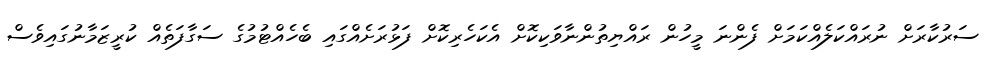
ސަރުކާރަށް ނުރައްކަލެއްކަމަށް ފެންނަ މީހުން ރައްޔިތުންނާވަކިކޮށް އެކަހެރިކޮށް ފަޅުރަށެއްގައި ބެހެއްޓުމުގެ ސަގާފަތެއް ކުރީޒަމާނުގައިވެސް